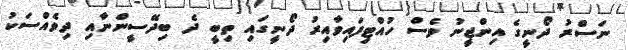
ނަސްރު ދޯނީގެ އިންޖީނު ވެސް ހުއްޓިފައިވާއިރު ދޯނީގައި ތިބީ ދެ ބިދޭސީންނާއި ދިވެއްސަކު